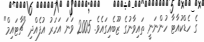
ގެ ހެޑްކުއާޓާ ހުންނަނީ ތައިވާނުގެ ޒޫބެއިގައެވެ. 2005 ވަނަ އަހަރު އުފެއްދި "ޗާޓައިމް"